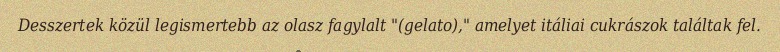
Desszertek közül legismertebb az olasz fagylalt "(gelato)," amelyet itáliai cukrászok találtak fel.